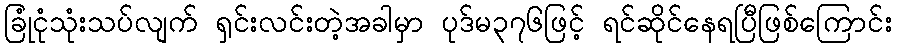
ခြုံငုံသုံးသပ်လျက် ရှင်းလင်းတဲ့အခါမှာ ပုဒ်မ၃၇၆ဖြင့် ရင်ဆိုင်နေရပြီဖြစ်ကြောင်း